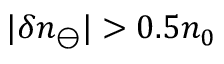
| \delta n _ { \ominus } | > 0 . 5 n _ { 0 }